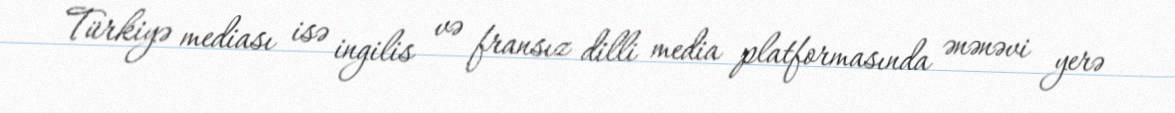
Türkiyə mediası isə ingilis və fransız dilli media platformasında ənənəvi yerə